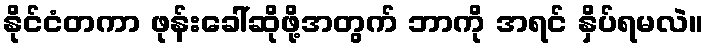
နိုင်ငံတကာ ဖုန်းခေါ်ဆိုဖို့အတွက် ဘာကို အရင် နှိပ်ရမလဲ။